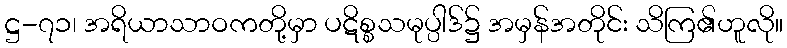
ဋ္ဌ-၇၁၊ အရိယာသာဝကတို့မှာ ပဋိစ္စသမုပ္ပါဒ်၌ အမှန်အတိုင်း သိကြ၏ဟူလို။